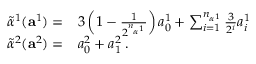
\begin{array} { r l } { \widetilde { \alpha } ^ { 1 } ( \mathbf { a } ^ { 1 } ) = } & { 3 \left( 1 - \frac 1 { 2 ^ { n _ { \alpha ^ { 1 } } } } \right) a _ { 0 } ^ { 1 } + \sum _ { i = 1 } ^ { n _ { \alpha ^ { 1 } } } \frac 3 { 2 ^ { i } } a _ { i } ^ { 1 } } \\ { \widetilde { \alpha } ^ { 2 } ( \mathbf { a } ^ { 2 } ) = } & { a _ { 0 } ^ { 2 } + a _ { 1 } ^ { 2 } \; . } \end{array}